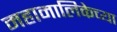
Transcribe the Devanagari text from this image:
महामालिकेच्या